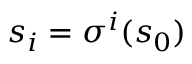
s _ { i } = \sigma ^ { i } ( s _ { 0 } )